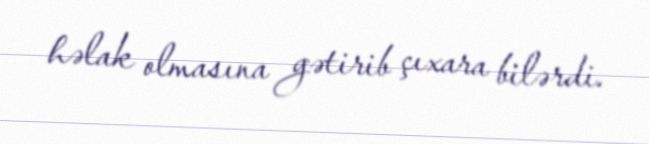
həlak olmasına gətirib çıxara bilərdi.